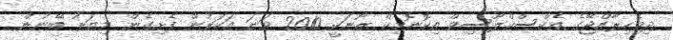
ދިވެހިރާއްޖޭގެ އެކްސްކްލޫސިވް އިކޮނޮމިކް ޒޯނަކީ 2010 ވަނަ އަހަރުން ފެށިގެން މިޔަރު ބޭނުން